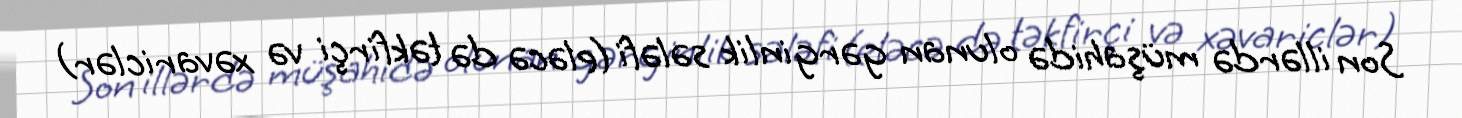
Son illərdə müşahidə olunan gərginlik sələfi (eləcə də təkfirçi və xəvariclər)